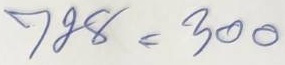
728 = 300